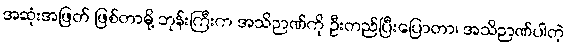
အဆုံးအဖြတ် ဖြစ်တာမို့ ဘုန်းကြီးက အသိဉာဏ်ကို ဦးတည်ပြီးပြောတာ၊ အသိဉာဏ်ပါတဲ့